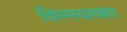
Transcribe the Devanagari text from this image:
विस्मयावहा